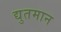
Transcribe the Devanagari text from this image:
द्युतमान